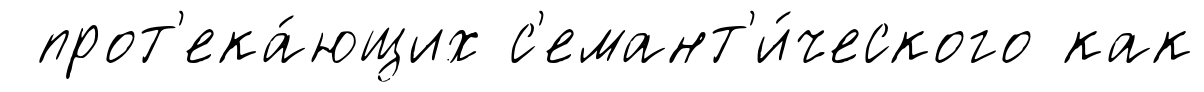
прот'ека́ющих с'емант'и́ческого как